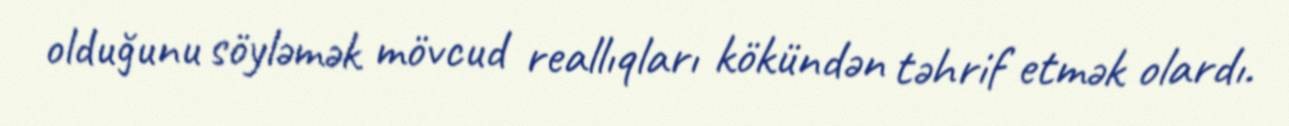
olduğunu söyləmək mövcud reallıqları kökündən təhrif etmək olardı.